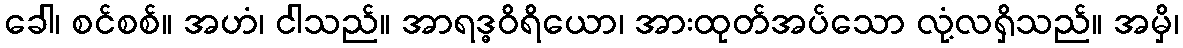
ခေါ၊ စင်စစ်။ အဟံ၊ ငါသည်။ အာရဒ္ဓဝိရိယော၊ အားထုတ်အပ်သော လုံ့လရှိသည်။ အမှိ၊